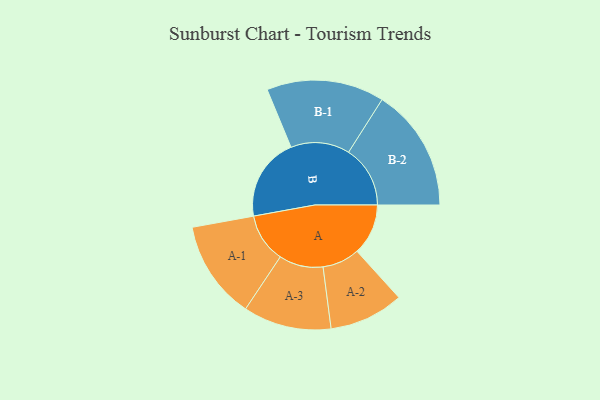
{"axis": {"x": "Segment", "y": "Value"}, "legend": ["", "A", "B"], "data": [{"x": "A", "y": 239, "type": ""}, {"x": "B", "y": 389, "type": ""}, {"x": "A-1", "y": 230, "type": "A"}, {"x": "A-2", "y": 174, "type": "A"}, {"x": "A-3", "y": 206, "type": "A"}, {"x": "B-1", "y": 275, "type": "B"}, {"x": "B-2", "y": 288, "type": "B"}]}